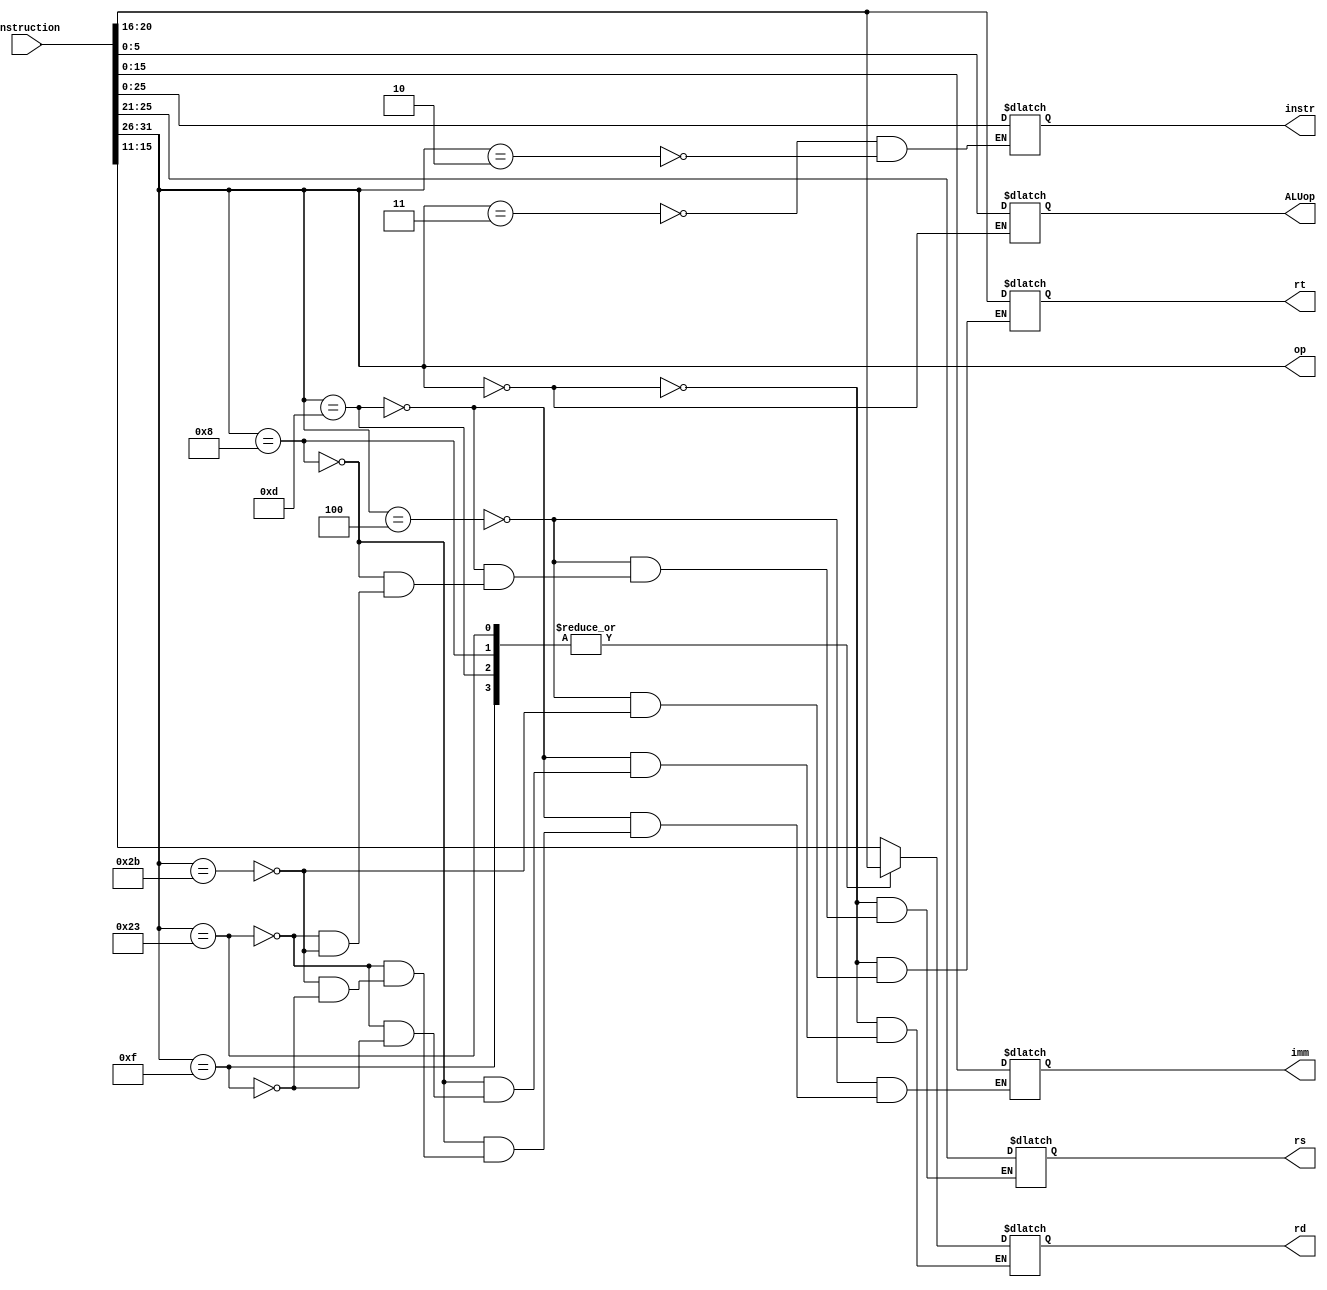
module ControllerUnit(
    input[31:0] Instruction,
    output[5:0] op,
    output[4:0] rs,
    output[4:0] rt,
    output[4:0] rd,
    output[5:0] ALUop,
    output[15:0] imm,
    output[25:0] instr
    );
    
    reg[4:0] rs, rt, rd;
    reg[5:0] ALUop;
    reg[15:0] imm;
    reg[25:0] instr;
    
    wire[5:0] op;
    assign op = Instruction[31:26];
    
    always @(*) begin
        case (op)
            6'b000000 : begin // ADDU & SUBU & JR
                rs <= Instruction[25:21];
                rt <= Instruction[20:16];
                rd <= Instruction[15:11];
                ALUop <= Instruction[5:0];
            end
            6'b000100 : begin // BEQ
                rs <= Instruction[25:21];
                rt <= Instruction[20:16];
                imm <= Instruction[15:0];
            end
            6'b001101 : begin // ORI
                rs <= Instruction[25:21];
                rd <= Instruction[20:16];
                imm <= Instruction[15:0];
            end
            6'b001000 : begin // ADDI
                rs <= Instruction[25:21];
                rd <= Instruction[20:16];
                imm <= Instruction[15:0];
            end
            6'b100011 : begin // LW
                rs <= Instruction[25:21];
                rd <= Instruction[20:16];
                imm <= Instruction[15:0];
            end
            6'b101011 : begin // SW
                rs <= Instruction[25:21];
                rt <= Instruction[20:16];
                imm <= Instruction[15:0];
            end
            6'b001111 : begin // LUI
                rd <= Instruction[20:16];
                imm <= Instruction[15:0];            
            end
            6'b000011 : begin // JAL
                instr <= Instruction[25:0];            
            end
            6'b000010 : begin // J
                instr <= Instruction[25:0];            
            end
        endcase
    end
endmodule